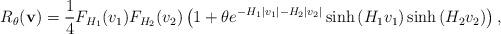
LaTeX: \begin{align*} {R}_\theta(\mathbf{v})=\frac{1}{4}F_{H_1}(v_1)F_{H_2}(v_2)\left(1+\theta e^{-H_1 |v_1|-H_2|v_2|}\sinh \left(H_1 v_1\right)\sinh \left(H_2 v_2\right)\right),\end{align*}